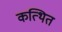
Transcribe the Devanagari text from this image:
कत्थित